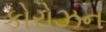
કોરોઝન